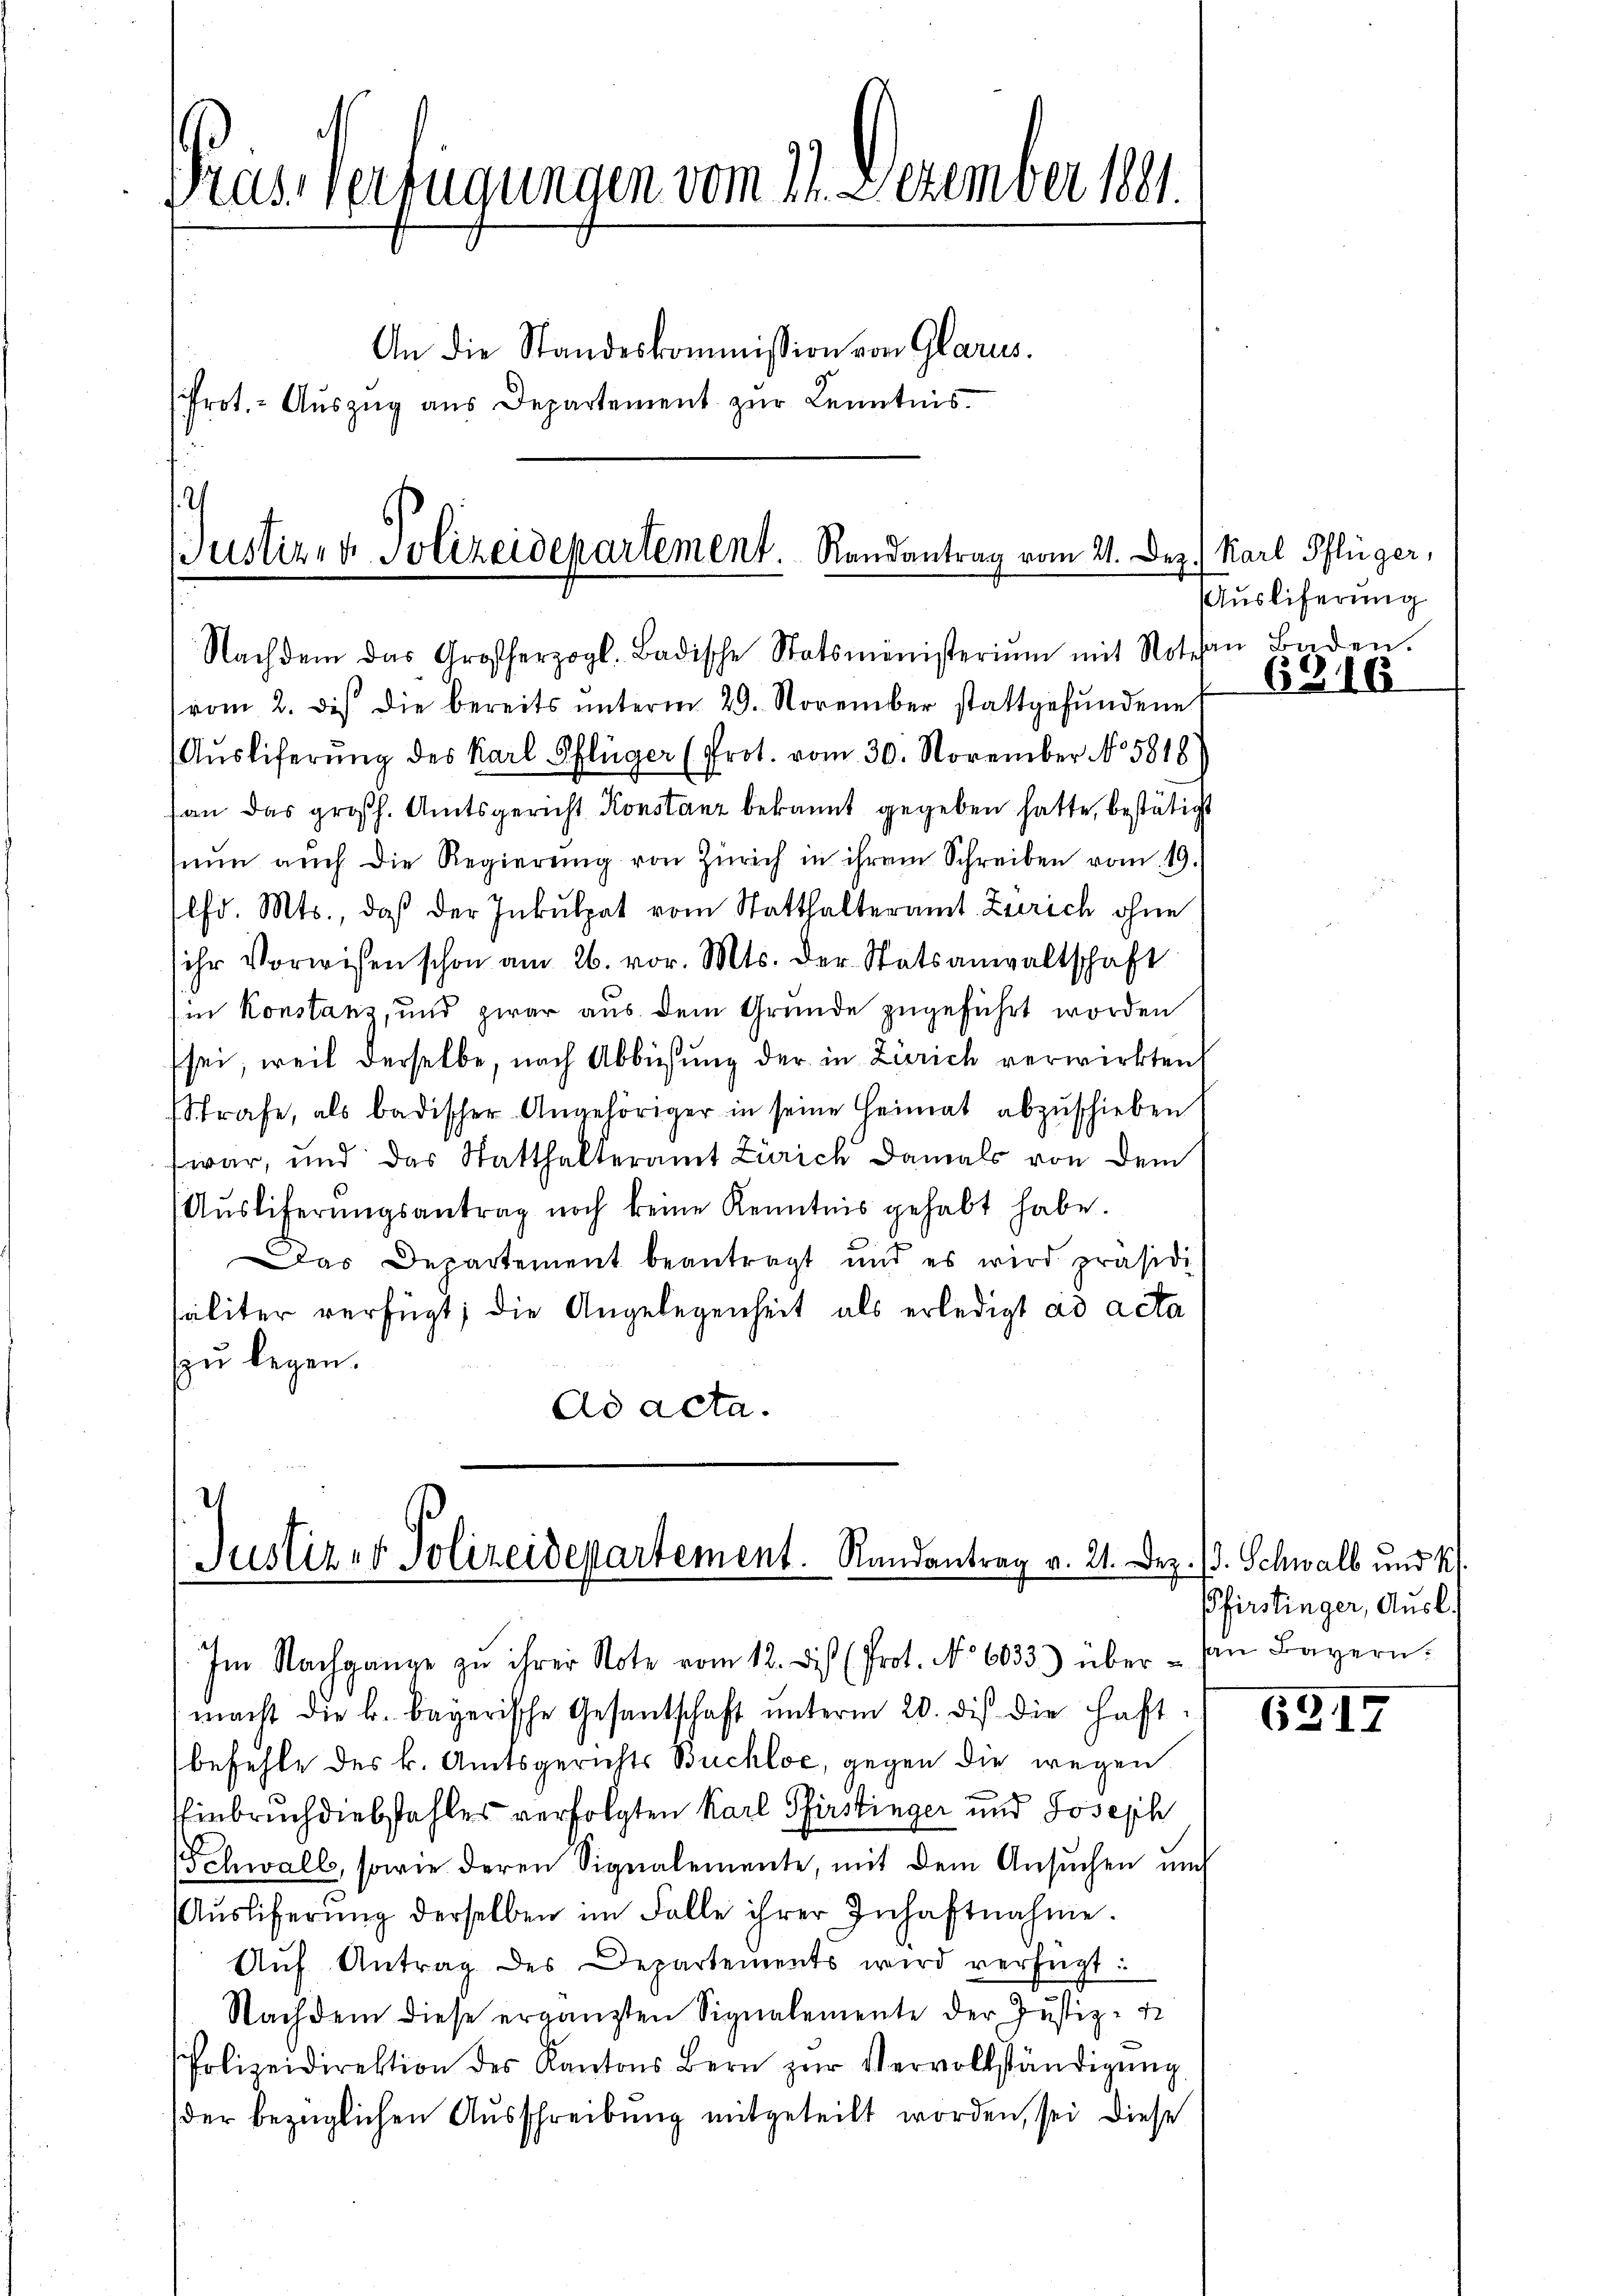
Pras Verfügungen vom 17. Dezember 1891.
An die Standeskommission von Glarus.
frot. Auszug aus Departement zur Kenntnis.

Justiz- & Polizeidepartement. Randantrag vom 21. Dez.
Nachdem das Großherzogl. Badische Statsministeriŭm mit Nothan Baden.

(vom 2. des die bereits ŭnterm 29. November stattgefŭndene
(Auslieferung des Karl Pflüger (Prot. vom 30. November No 5818
(an das großh. Amtsgericht Konstanz bekannt gegeben hatte, bestätigt
nun auch die Regierŭng von Zürich in ihrem Schreiben vom 19.
lfd. Mts., daß der Inkulpat vom Statthalteramt Zürich ohne
ihr Vorwisen schon am 26. vor. Mts. der Statsanwaltschaft
(in Konstanz, und zwar aus dem Grunde zugeführt worden
sei, weil derselbe, nach Abbüßung der in Zürich verwirkten,
Strafe, als badischer Angehöriger in seine Heimat abzŭschieben
war, und das Statthalteramt Zürich damals von dem
(Aŭsliferŭngsantrag noch keine Kenntnis gehabt habe.
Das Departement beantragt und es wird präsidi
saliter verfügt; die Angelegenheit als erledigt ad acta
zu legen.
Ad acta.

I
Justiz- & Polizeidepartement. Randantrag v. 21. Dez. B. Schwalb und k
Im Nachgange zu ihrer Note vom 12. Dis (Prot. No 6033) über - von Bayern.

macht die k. bayerische Gesantschaft ŭnterm 20. di die Haft-
befehle des k. Amtsgerichts Buchle, gegen die wegen
Einbruch diebstahles verfolgten Karl Pfirstinger und Joseph
chwall, sowie deren Signalemente, mit dem Ansuchen und
Aŭsliferŭng derselben im Falle ihrer Inhaftnahme.
Aŭf Antrag des Departements wird verfügt:
Nachdem diese ergänzten Signalemente der Justiz-
Polizeidirektion des Kantons Bern zŭr Vervollständigŭng
der bezüglichen Ausschreibung mitgeteilt worden, sei diese

Karl Pflüger,
Ausliferung

6316

Pfirstinger, Ausl.

6317